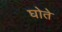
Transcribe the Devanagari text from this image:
घोते